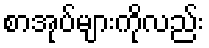
စာအုပ်များကိုလည်း